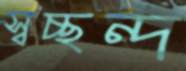
স্বচ্ছন্দ